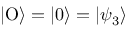
| \mathrm { O } \rangle = | 0 \rangle = | \psi _ { 3 } \rangle